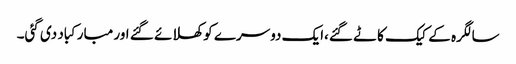
سالگرہ کے کیک کاٹے گئے،ایک دوسرے کو کھلائے گئے اور مبارکباد دی گئی۔